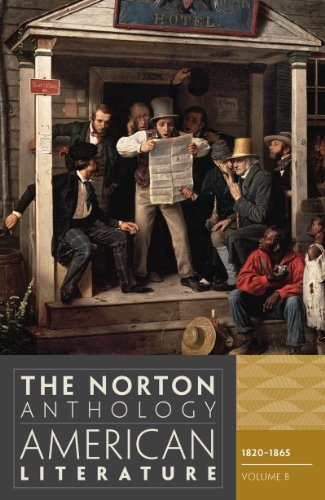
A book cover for The Norton Anthology of American Literature (Eighth Edition)  (Vol. B); Literature & Fiction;